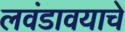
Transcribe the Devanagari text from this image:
लवंडावयाचे